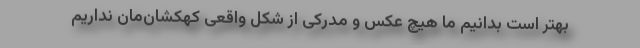
بهتر است بدانیم ما هیچ عکس و مدرکی از شکل واقعی کهکشان‌مان نداریم